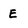
Character: E